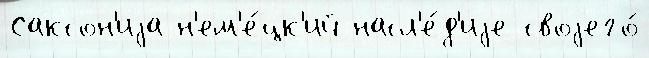
Саксон'иjа н'ем'е́цк'ий насл'е́д'иjе своjего́